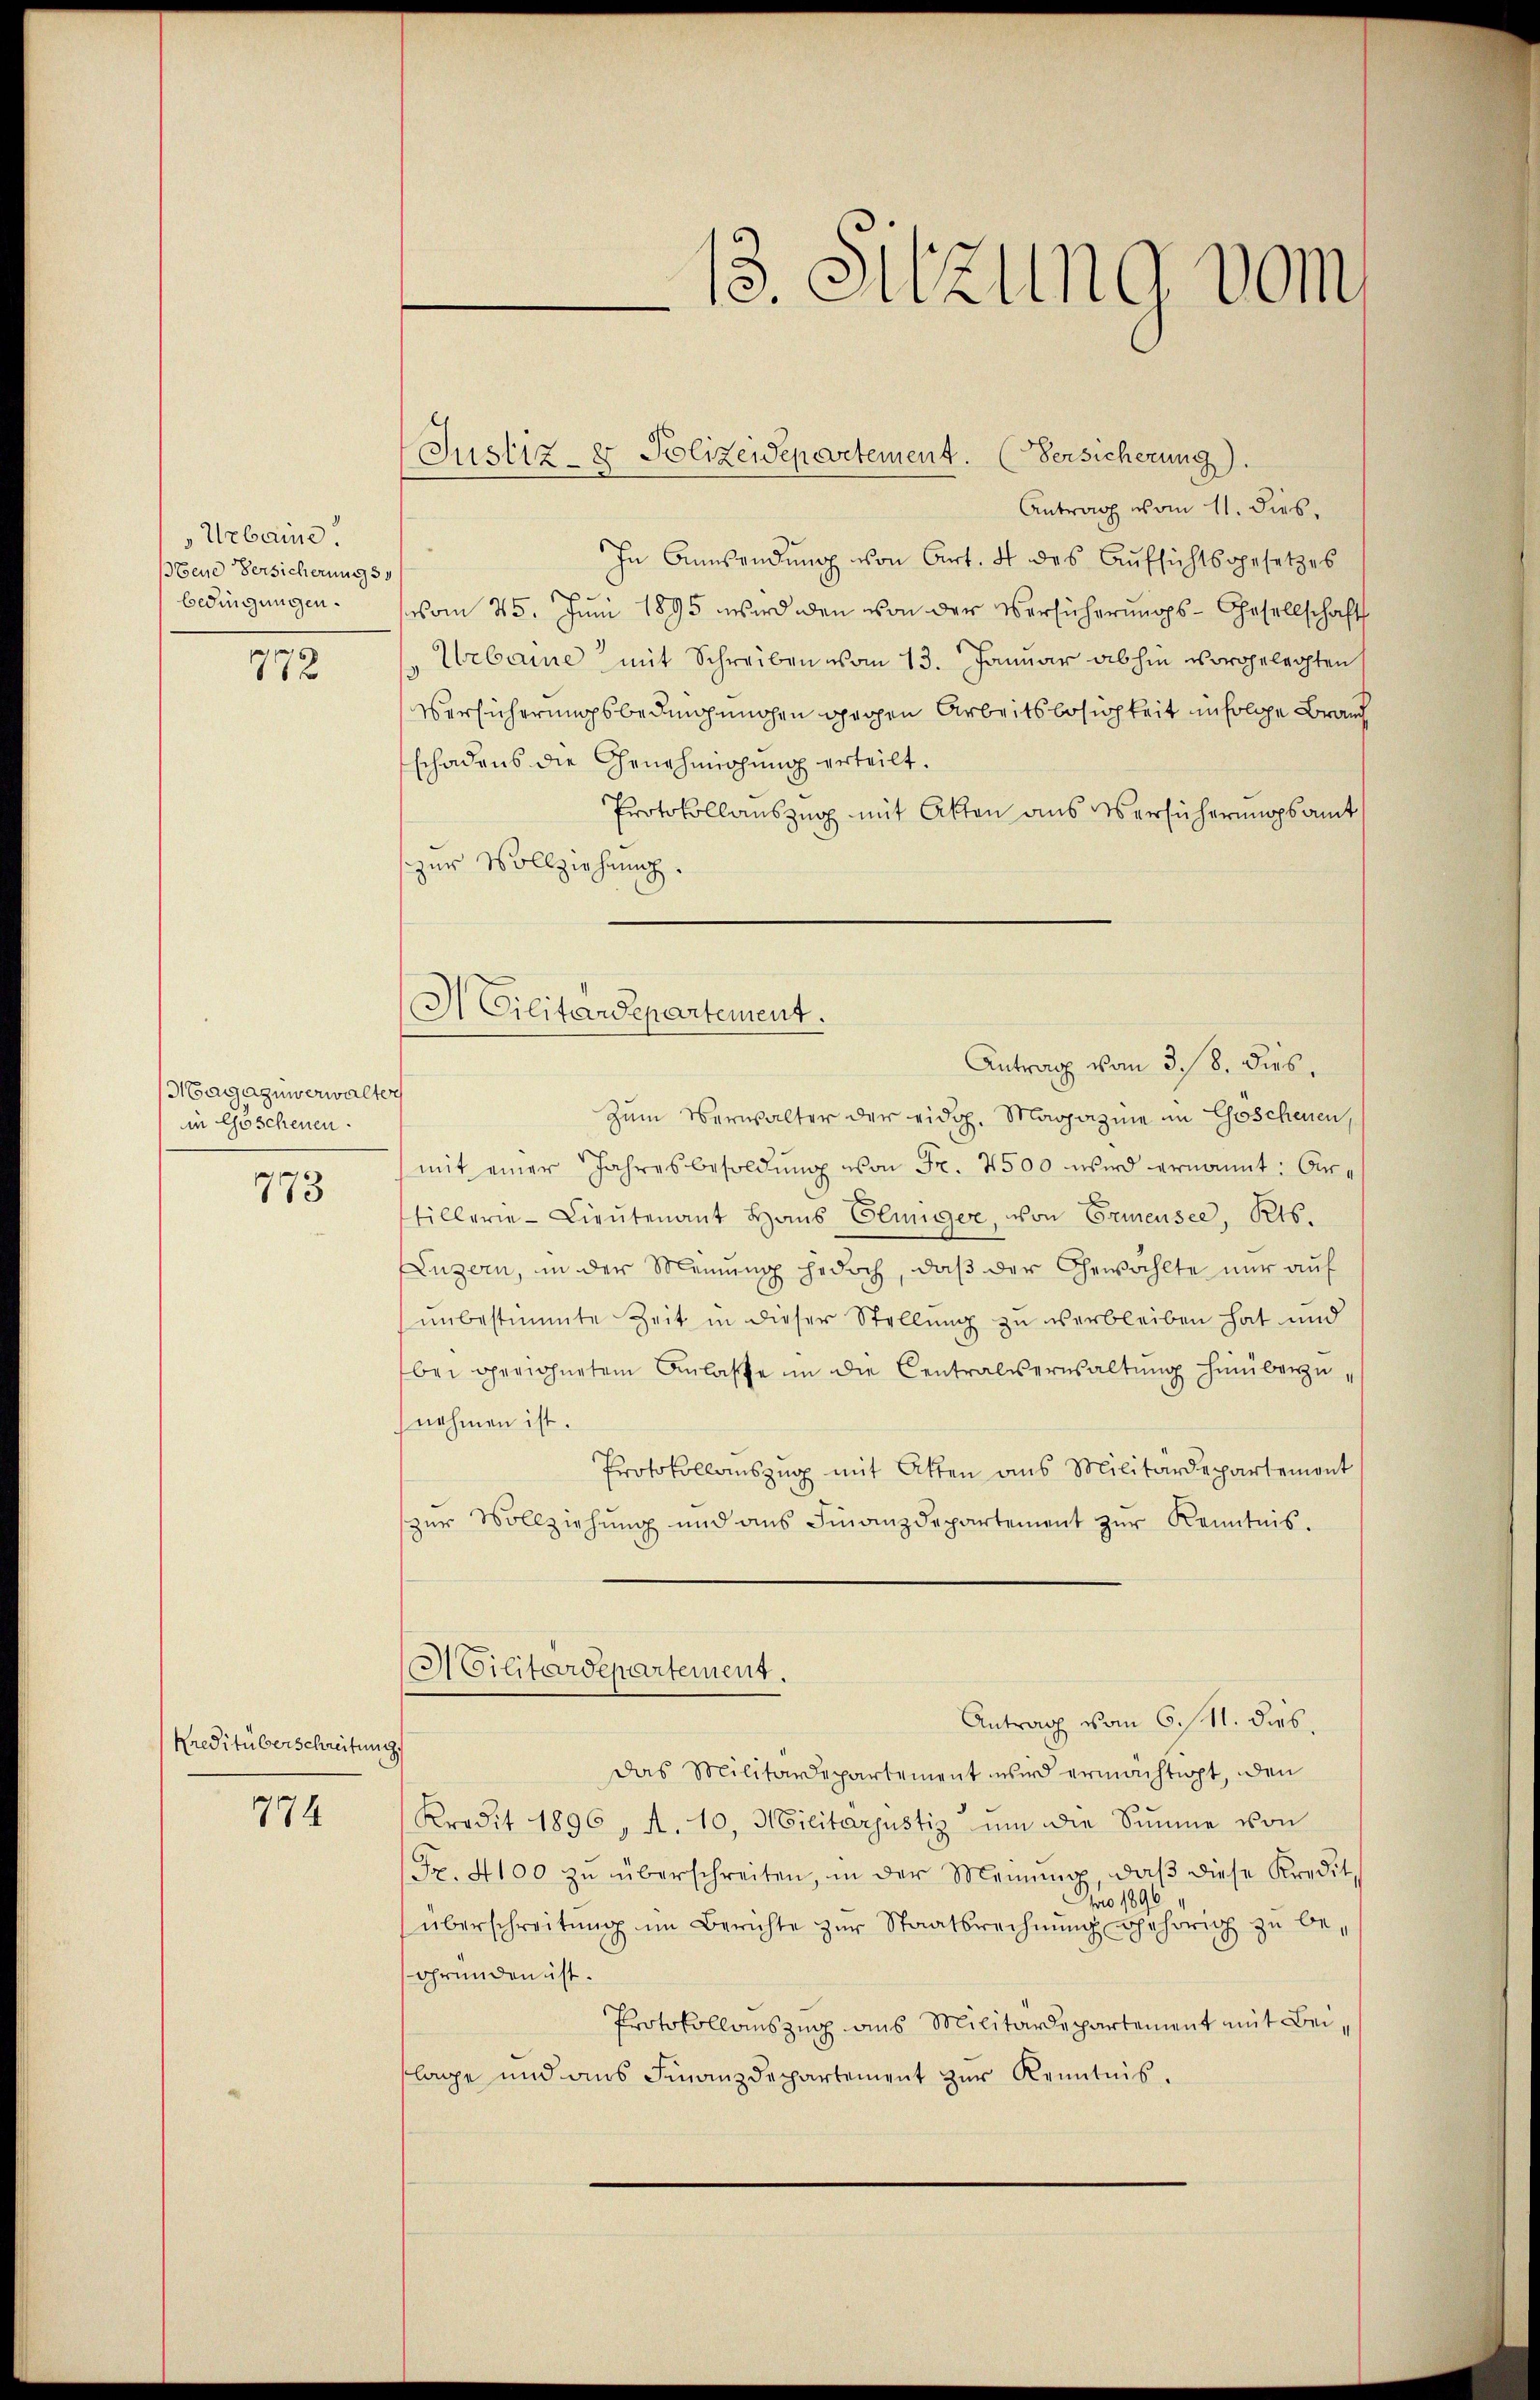
Urbaine.
Biene Versicherungs
bedingungen.

772

Magazinverwalter
in Göschenen.

773.

Kreditüberschreitung.

774

(Justiz- & Polizeidepartement. (Versicherung).

Antrag vom 11. dies
In Anwendung von Art. 4 des Aufsichtsgesetzes
.
vom 25. Juni 1895 wird den von der Versicherungs-Gesellschaft
Urbaine mit Schreiben vom 13. Januar abhin vorgelegten
Versicherungsbedingungen gegen Arbeitsbesichkeit in folge Brauch
schadens die Genehmigung erteilt.
Protokollauszug mit Akten aus Versicherungsamt
zur Vollziehung.
Zum Verwalter der eidg. Magazine in Göschenen,
mit einer Jahresbesoldŭng von Fr. 4500 wird ernannt: Artillerie-Lieŭtenant Haus Elünger, von Ermensee, Kts.
Luzern, in der Meinung jedoch, daβ der Gewählte nur auf
unbestimmte Zeit in dieser Stellung zu verbleiben hat und
bei gerichnetem Anlasse in die Centralverwaltung hinüberzunehmen ist.
Protokollaŭszŭg mit Atten ans Militärdepartement
zŭr Vollziehŭng und ans Finanzdepartement zŭr Kenntnis.
Militärdepartement.
Antrag vom 6./11. dies
Das Militärdepartement wird ermächtigt, den
Kredit 1896, A. 10, Militarjustiz ŭm die Summe von
Fr. 4100 zŭ überschreiten, in der Meinŭng, daβ diese Kredit
Nro 1890
überschreitung im Berichte zur Staatsrechnung gehörig zu begründen ist.
Protokollauszug aus Militärdepartement mit Beilage und ans Finanzdepartement zŭr Kenntnis.

M Cilitärdepartement.

s
e. Sitzung vom

Antrag vom 3. 18. dies